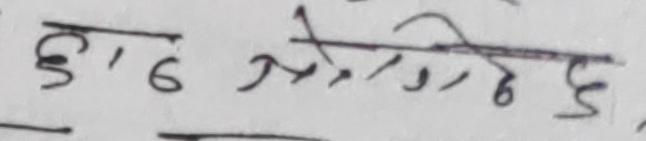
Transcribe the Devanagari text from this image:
६,७००८६